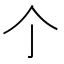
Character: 𠆤